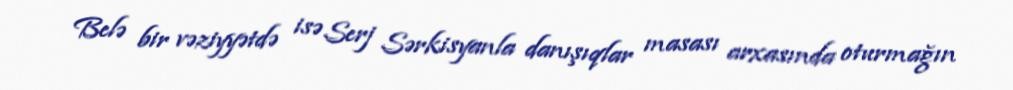
Belə bir vəziyyətdə isə Serj Sərkisyanla danışıqlar masası arxasında oturmağın